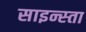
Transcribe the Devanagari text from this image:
साइन्स्ता